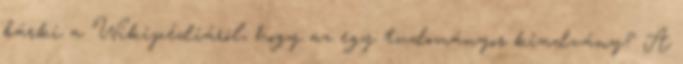
bárki a Wikipédiáról, hogy az egy tudományos kiadvány? A